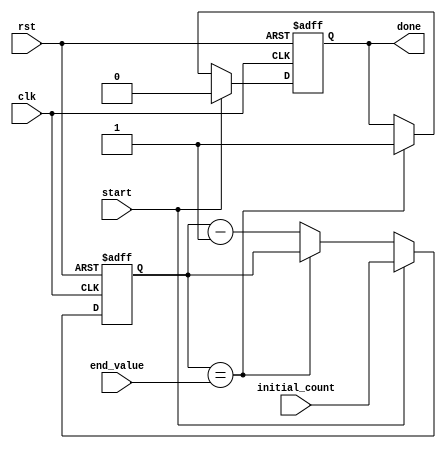
module dec_loop (
    input wire [7:0] initial_count,
    input wire [7:0] end_value,
    input wire clk,
    input wire rst,
    input wire start,
    output reg done
    );
    
    reg [7:0] count;
    
    always @ (posedge clk or posedge rst)
    begin
        if (rst) begin
            count <= 0;
            done <= 0;
        end else if (start) begin
            count <= initial_count;
            done <= 0;
        end else if (count == end_value) begin
            done <= 1;
        end else begin
            count <= count - 1;
        end
    end
    
endmodule